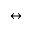
\leftrightarrow